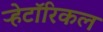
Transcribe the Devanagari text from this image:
ऱ्हेटॉरिकल